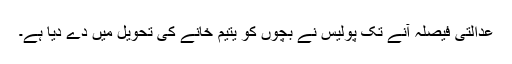
عدالتی فیصلہ آنے تک پولیس نے بچوں کو یتیم خانے کی تحویل میں دے دیا ہے۔